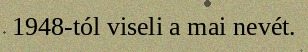
1948-tól viseli a mai nevét.